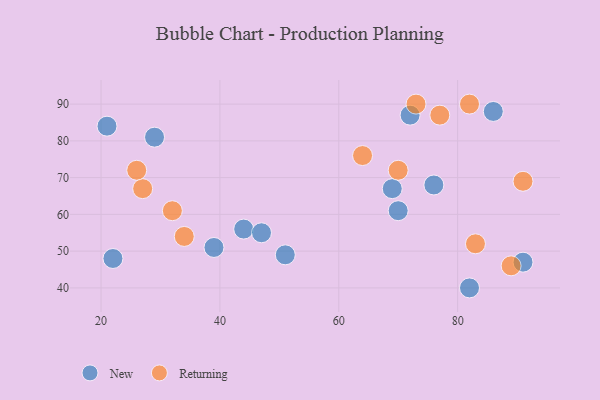
{"axis": {"x": "GDP", "y": "Life Expectancy"}, "legend": ["New", "Returning"], "data": [{"x": "39", "y": 51, "type": "New"}, {"x": "44", "y": 56, "type": "New"}, {"x": "76", "y": 68, "type": "New"}, {"x": "70", "y": 61, "type": "New"}, {"x": "51", "y": 49, "type": "New"}, {"x": "82", "y": 40, "type": "New"}, {"x": "22", "y": 48, "type": "New"}, {"x": "47", "y": 55, "type": "New"}, {"x": "86", "y": 88, "type": "New"}, {"x": "69", "y": 67, "type": "New"}, {"x": "21", "y": 84, "type": "New"}, {"x": "29", "y": 81, "type": "New"}, {"x": "72", "y": 87, "type": "New"}, {"x": "91", "y": 47, "type": "New"}, {"x": "64", "y": 76, "type": "Returning"}, {"x": "34", "y": 54, "type": "Returning"}, {"x": "27", "y": 67, "type": "Returning"}, {"x": "26", "y": 72, "type": "Returning"}, {"x": "91", "y": 69, "type": "Returning"}, {"x": "89", "y": 46, "type": "Returning"}, {"x": "82", "y": 90, "type": "Returning"}, {"x": "73", "y": 90, "type": "Returning"}, {"x": "77", "y": 87, "type": "Returning"}, {"x": "32", "y": 61, "type": "Returning"}, {"x": "70", "y": 72, "type": "Returning"}, {"x": "83", "y": 52, "type": "Returning"}]}